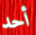
أحد